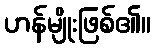
ဟန်မျိုးဖြစ်၏။